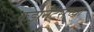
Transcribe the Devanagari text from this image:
कुझनेट्सच्या